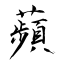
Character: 蘋